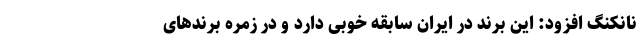
نانکنگ افزود: این برند در ایران سابقه خوبی دارد و در زمره برندهای